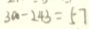
3 0 0 - 2 4 3 = 5 7